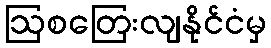
ဩစတြေးလျနိုင်ငံမှ